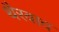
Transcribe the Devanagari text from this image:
थैरवाद